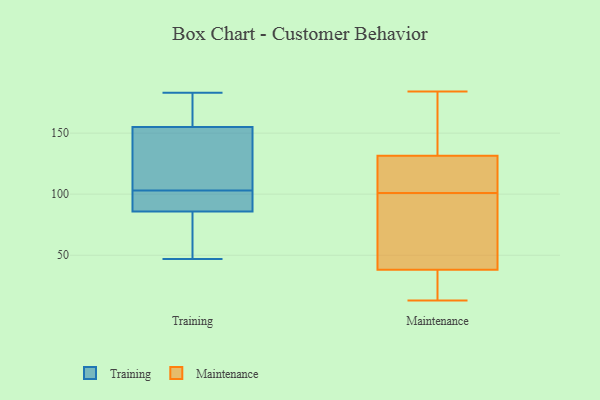
{"axis": {"x": "Tickets Resolved", "y": "Value"}, "legend": ["Maintenance", "Training"], "data": [{"x": "", "y": 103, "type": "Training"}, {"x": "", "y": 47, "type": "Training"}, {"x": "", "y": 59, "type": "Training"}, {"x": "", "y": 96, "type": "Training"}, {"x": "", "y": 136, "type": "Training"}, {"x": "", "y": 152, "type": "Training"}, {"x": "", "y": 93, "type": "Training"}, {"x": "", "y": 87, "type": "Training"}, {"x": "", "y": 111, "type": "Training"}, {"x": "", "y": 82, "type": "Training"}, {"x": "", "y": 173, "type": "Training"}, {"x": "", "y": 183, "type": "Training"}, {"x": "", "y": 164, "type": "Training"}, {"x": "", "y": 103, "type": "Maintenance"}, {"x": "", "y": 95, "type": "Maintenance"}, {"x": "", "y": 184, "type": "Maintenance"}, {"x": "", "y": 177, "type": "Maintenance"}, {"x": "", "y": 99, "type": "Maintenance"}, {"x": "", "y": 13, "type": "Maintenance"}, {"x": "", "y": 38, "type": "Maintenance"}, {"x": "", "y": 21, "type": "Maintenance"}, {"x": "", "y": 125, "type": "Maintenance"}, {"x": "", "y": 138, "type": "Maintenance"}, {"x": "", "y": 105, "type": "Maintenance"}, {"x": "", "y": 38, "type": "Maintenance"}]}